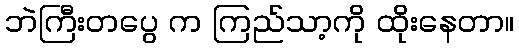
ဘဲကြီးတပွေ က ကြည်သာ့ကို ထိုးနေတာ။